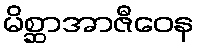
မိစ္ဆာအာဇီဝေန